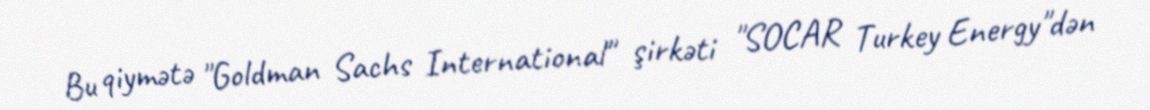
Bu qiymətə "Goldman Sachs International" şirkəti "SOCAR Turkey Energy"dən